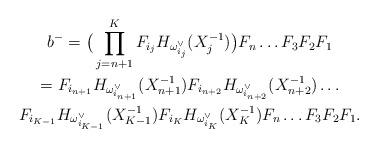
LaTeX: \begin{gather*}b^-= \big( \prod_{j=n+1}^{K} F_{i_{j}} H_{\omega^{\vee}_{i_{j}}}(X_{j}^{-1}) \big) F_n\dots F_3 F_2 F_1 \\=F_{i_{n+1}} H_{\omega^{\vee}_{i_{n+1}}}(X_{n+1}^{-1}) F_{i_{n+2}} H_{\omega^{\vee}_{i_{n+2}}}(X_{n+2}^{-1}) \dots \\F_{i_{K-1}}H_{\omega^{\vee}_{i_{K-1}}}(X_{K-1}^{-1})F_{i_K}H_{\omega^{\vee}_{i_K}}(X_{K}^{-1}) F_n\dots F_3 F_2 F_1.\end{gather*}